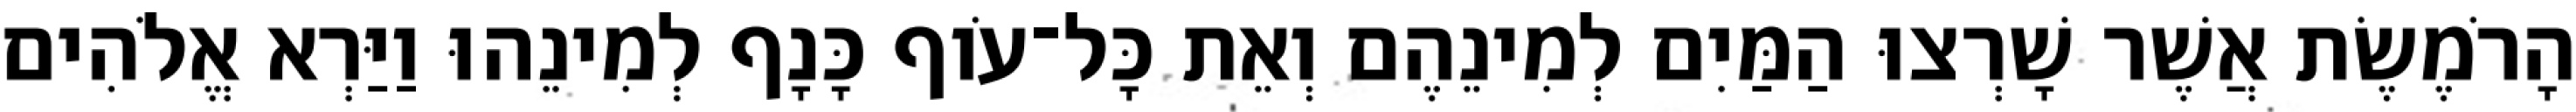
הָרֹמֶשֶׂת אֲשֶׁר שָׁרְצוּ הַמַּיִם לְמִינֵהֶם וְאֵת כָּל־עֹוף כָּנָף לְמִינֵהוּ וַיַּרְא אֱלֹהִים